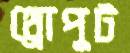
থ্রোপুট